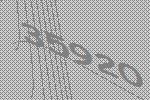
35920